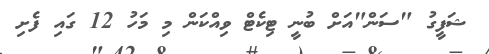
ޝަފީގު "ސަން"އަށް ބުނީ ޓިކެޓް ވިއްކަން މި މަހު 12 ގައި ފެށި